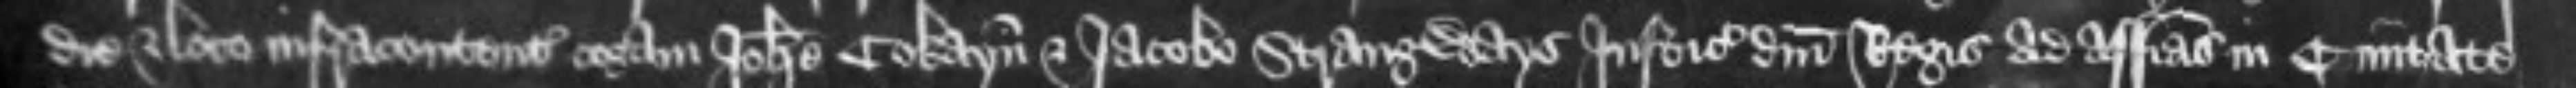
die et loco infracontentis coram Johanne Cokayn et Jacobo Strangways Justiciariis domini Regis ad assisas in Civitate